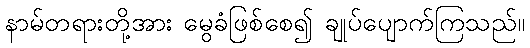
နာမ်တရားတို့အား မွေခံဖြစ်စေ၍ ချုပ်ပျောက်ကြသည်။